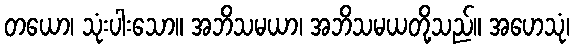
တယော၊ သုံးပါးသော။ အဘိသမယာ၊ အဘိသမယတို့သည်။ အဟေသုံ၊